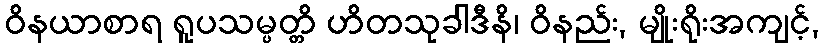
ဝိနယာစာရ ရူပသမ္ပတ္တိ ဟိတသုခါဒီနိ၊ ဝိနည်း, မျိုးရိုးအကျင့်,